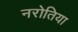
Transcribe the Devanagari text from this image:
नरोतिया